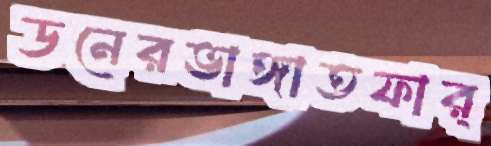
ডনেরভাঙ্গাতফার্